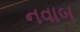
નવાબ